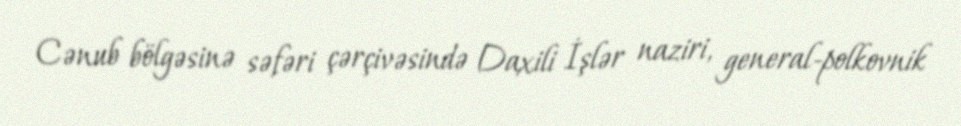
Cənub bölgəsinə səfəri çərçivəsində Daxili İşlər naziri, general-polkovnik